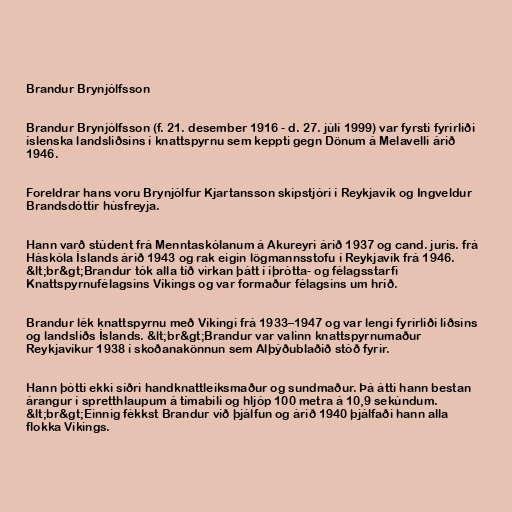
Brandur Brynjólfsson

Brandur Brynjólfsson (f. 21. desember 1916 - d. 27. júlí 1999) var fyrsti fyrirliði
íslenska landsliðsins í knattspyrnu sem keppti gegn Dönum á Melavelli árið
1946.

Foreldrar hans voru Brynjólfur Kjartansson skipstjóri í Reykjavík og Ingveldur
Brandsdóttir húsfreyja.

Hann varð stúdent frá Menntaskólanum á Akureyri árið 1937 og cand. juris. frá
Háskóla Íslands árið 1943 og rak eigin lögmannsstofu í Reykjavík frá 1946.
&lt;br&gt;Brandur tók alla tíð virkan þátt í íþrótta- og félagsstarfi
Knattspyrnufélagsins Víkings og var formaður félagsins um hríð.

Brandur lék knattspyrnu með Víkingi frá 1933–1947 og var lengi fyrirliði liðsins
og landsliðs Íslands. &lt;br&gt;Brandur var valinn knattspyrnumaður
Reykjavíkur 1938 í skoðanakönnun sem Alþýðublaðið stóð fyrir.

Hann þótti ekki síðri handknattleiksmaður og sundmaður. Þá átti hann bestan
árangur í spretthlaupum á tímabili og hljóp 100 metra á 10,9 sekúndum.
&lt;br&gt;Einnig fékkst Brandur við þjálfun og árið 1940 þjálfaði hann alla
flokka Víkings.